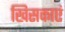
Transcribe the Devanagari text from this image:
खिसकाएं